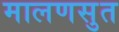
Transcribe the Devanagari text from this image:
मालणसुत